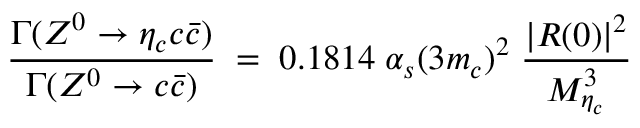
{ { \frac { \Gamma ( Z ^ { 0 } \rightarrow \eta _ { c } c { \bar { c } } ) } { \Gamma ( Z ^ { 0 } \rightarrow c { \bar { c } } ) } } \; = \; 0 . 1 8 1 4 \; \alpha _ { s } ( 3 m _ { c } ) ^ { 2 } \; { \frac { | R ( 0 ) | ^ { 2 } } { M _ { \eta _ { c } } ^ { 3 } } } \; }